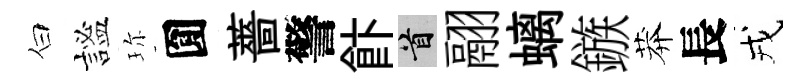
白謐珎圎薔警飰首翮螭鏃莽長戎